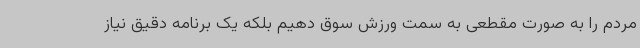
مردم را به صورت مقطعی به سمت ورزش سوق دهیم بلکه یک برنامه دقیق نیاز